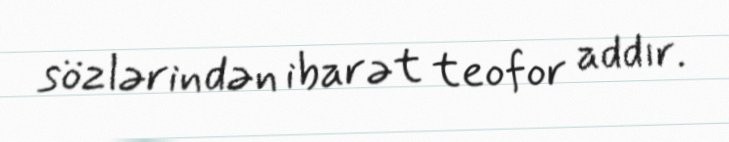
sözlərindən ibarət teofor addır.